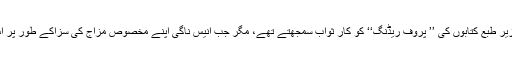
دَور حاضر کے کچھ جغادری ادیب اُس زمانے میں اُن کے دفتر میں بیٹھ کر اُن کی زیر طبع کتابوں کی ’’ پروف ریڈنگ‘‘ کو کارِ ثواب سمجھتے تھے، مگر جب انیس ناگی اپنے مخصوص مزاج کی سزاکے طور پر اس پوسٹ سے ہٹا دیئے گئے ،تو وہی جغادری ادیب اُن سے کنی کترا کر گزر جاتے۔